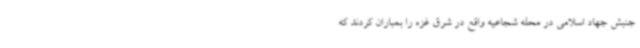
جنبش جهاد اسلامی در محله شجاعیه واقع در شرق غزه را بمباران کردند که